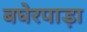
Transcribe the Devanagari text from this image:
बघेरपाड़ा